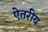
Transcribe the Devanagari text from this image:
ऐतरीय